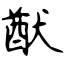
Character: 猷